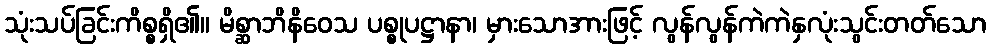
သုံးသပ်ခြင်းကိစ္စရှိ၏။ မိစ္ဆာဘိနိဝေသ ပစ္စုပဋ္ဌာနာ၊ မှားသောအားဖြင့် လွန်လွန်ကဲကဲနှလုံးသွင်းတတ်သော